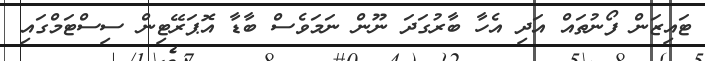
ޓައިޒަން ފޯނުތައް އަދި އެހާ ބާރުގަދަ ނޫން ނަމަވެސް ބާޑާ އޮޕަރޭޓިން ސިސްޓަމްގައި